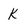
Character: K